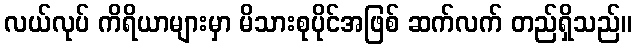
လယ်လုပ် ကိရိယာများမှာ မိသားစုပိုင်အဖြစ် ဆက်လက် တည်ရှိသည်။